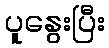
ပူနွေးပြီး